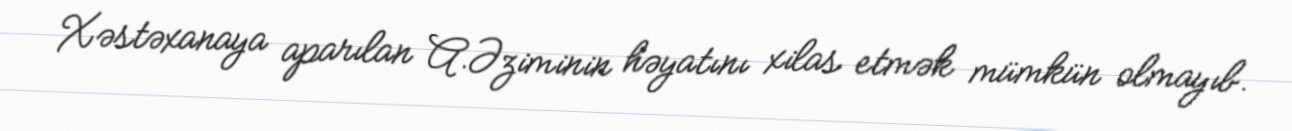
Xəstəxanaya aparılan A.Əziminin həyatını xilas etmək mümkün olmayıb.